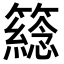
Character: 𥵮